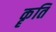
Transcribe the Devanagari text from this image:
कॄति